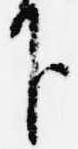
下